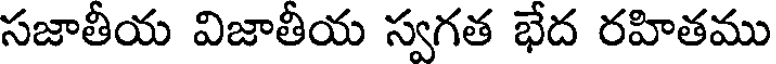
సజాతీయ విజాతీయ స్వగత భేద రహితము